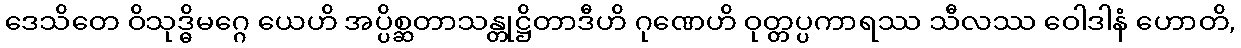
ဒေသိတေ ဝိသုဒ္ဓိမဂ္ဂေ ယေဟိ အပ္ပိစ္ဆတာသန္တုဋ္ဌိတာဒီဟိ ဂုဏေဟိ ဝုတ္တပ္ပကာရဿ သီလဿ ဝေါဒါနံ ဟောတိ,